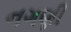
નગણી